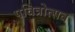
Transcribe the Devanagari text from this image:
पवित्रोत्सव